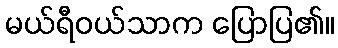
မယ်ရီဝယ်သာက ပြောပြ၏။